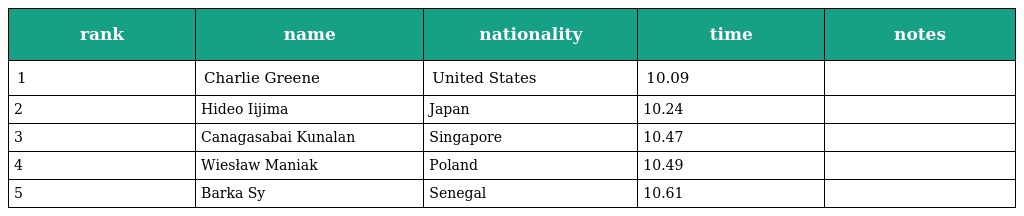
| rank | name | nationality | time | notes |
 | --- | --- | --- | --- | --- |
 | 1 | Charlie Greene | United States | 10.09 |  |
 | 2 | Hideo Iijima | Japan | 10.24 |  |
 | 3 | Canagasabai Kunalan | Singapore | 10.47 |  |
 | 4 | Wiesław Maniak | Poland | 10.49 |  |
 | 5 | Barka Sy | Senegal | 10.61 |  |